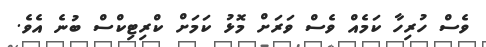
ވެސް ހުރިހާ ކަމެއް ވެސް ވަރަށް މޮޅު ކަމަށް ކްރިޓިކްސް ބުނެ އެވެ.